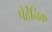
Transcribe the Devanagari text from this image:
पेर्हेनिक